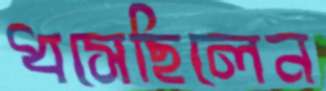
ধসেছিলেন